Annual report on the lock hospitals of the Madras Presidency
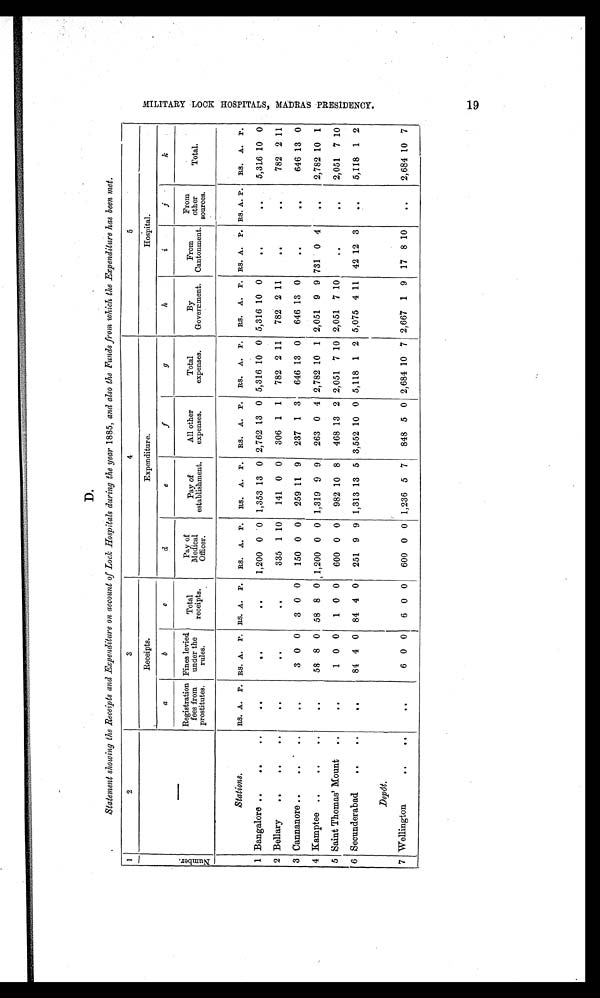
D.
Statement showing the Receipts and Expenditure on account of Lock Hospitals during the year 1885, and also the Funds from which the Expenditure has been met.
1
2
3
4
5
N u m b e r .
—
Receipts.
Expenditure.
Hospital.
a
b
c
d
e f
g
h
i
j
k
Registration
fees from
prostitutes.
Fines levied
under the
rules.
Total
receipts.
Pay of
Medi cal
Officer.
Pay of
establishment.
All other
expenses.
Total
expenses.
By
Government.
From
Cantonment.
From
other
sources.
Total.
Stations.
RS. A. P. RS. A. P. RS. A. P. RS. A. P. RS. A. P. RS. A. P. RS. A. P. RS. A. P. RS. A. P. RS. A. P. RS. A. P.
1 Bangalore ..
..
. . . .
. .
. . . .
. .
. . . .
. . 1,200 0 0 1,353 13 0 2,762 13 0 5,316 10 0 5,316 10 0
. . . .
. .
. .
..
. . 5,316 10 0
2 Bellary
..
..
. . . .
. .
. . . .
. .
. . . .
. . 335 1 10
141 0 0
306 1 1
782 2 11
782 2 11
. . . .
. .
. . . . . . 782 2 11
3 Cannanore
.. .. ..
. . . .
. . 3 0 0
3 0 0
150 0 0
259 11 9
237 1 3
646 13 0
646 13 0
. . . .
. .
. .
..
. . 646 13 0
4 Kamptee ..
..
..
. . . .
. . 58 8 0 58 8 0 1,200 0 0 1,319 9
9 263 0 4 2,782 10 1 2,051 9 9 731 0 4
. . . . . . 2,782 10 1
5 Saint Thomas' Mount
..
. . . .
. . 1 0 0
1 0 0
600 0 0
982 10 8
468 13 2 2,051 7 10 2,051 7 10
. . . .
. .
. . . .
. . 2,051 7 10
6 Secunderabad
..
..
. . ..
. . 84 4 0 84 4 0
251 9 9 1,313 13 5 3,552 10 0 5,118 1 2 5,075 4 11 42 12 3
. ...
. . 5,118 1 2
D e p ô t . .
7 Wellington
..
..
. . . .
. . 6 0 0
6 0 0
600 0 0 1,236 5 7
848 5 0 2,684 10 7 2,667 1 9 17 8 10
. ...
. . 2,684 10 7
M I L I T A R Y L O C K H O S P I T A L S , M A D R A S P R E S I D E N C Y .
19